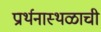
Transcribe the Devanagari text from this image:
प्रार्थनास्थळाची